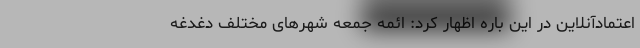
اعتمادآنلاین در این‌ باره اظهار کرد: ائمه جمعه شهرهای مختلف دغدغه